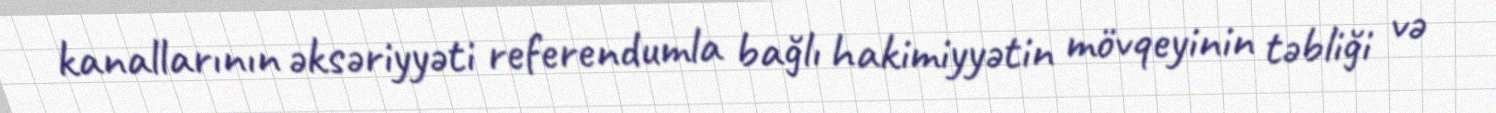
kanallarının əksəriyyəti referendumla bağlı hakimiyyətin mövqeyinin təbliği və